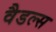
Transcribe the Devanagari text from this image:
वैडल्स